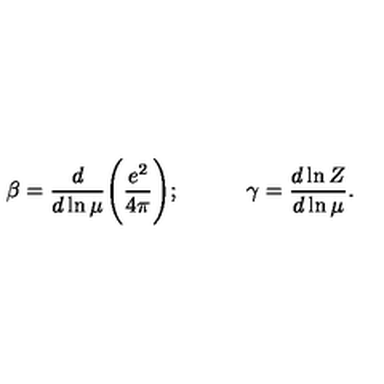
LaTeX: \beta = \frac { d } { d \ln \mu } \Bigg ( \frac { e ^ { 2 } } { 4 \pi } \Bigg ) ; \qquad \quad \gamma = \frac { d \ln Z } { d \ln \mu } .